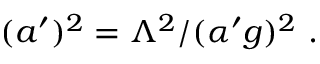
( a ^ { \prime } ) ^ { 2 } = \Lambda ^ { 2 } / ( { \alpha ^ { \prime } } g ) ^ { 2 } \, \, .